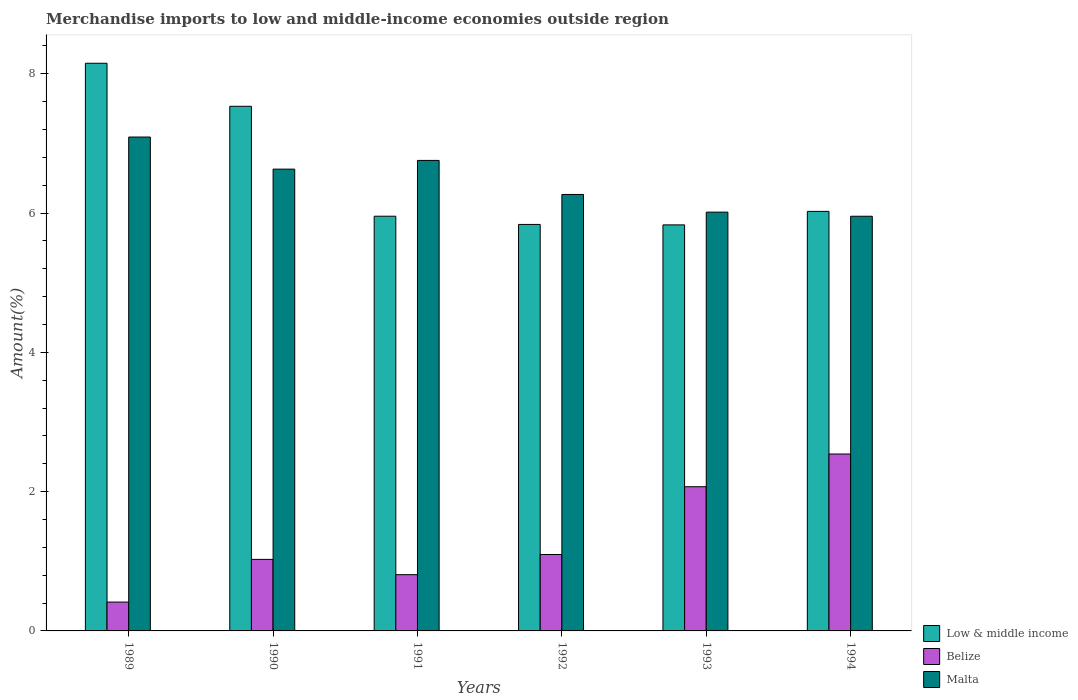
| Years | Low & middle income | Belize | Malta |
 | --- | --- | --- | --- |
 | 1989 | 8.15 | 0.414 | 7.09 |
 | 1990 | 7.53 | 1.03 | 6.63 |
 | 1991 | 5.95 | 0.808 | 6.76 |
 | 1992 | 5.84 | 1.1 | 6.27 |
 | 1993 | 5.83 | 2.07 | 6.01 |
 | 1994 | 6.02 | 2.54 | 5.95 |